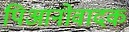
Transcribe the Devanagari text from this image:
पिआनोवादक